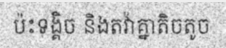
ប៉ះទង្គិច និងតវ៉ាគ្នាតិចតូច